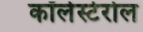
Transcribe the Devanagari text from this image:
कॉलेस्टेरोल